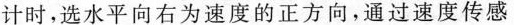
计时，选水平向右为速度的正方向，通过速度传感